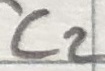
Text: C2